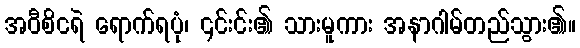
အဝီစိငရဲ ရောက်ရပုံ၊ ၎င်းင်း၏ သားမူကား အနာဂါမ်တည်သွား၏။